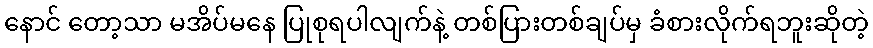
နောင် တော့သာ မအိပ်မနေ ပြုစုရပါလျက်နဲ့ တစ်ပြားတစ်ချပ်မှ ခံစားလိုက်ရဘူးဆိုတဲ့